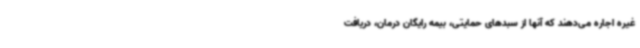
غیره اجاره می‌دهند که آنها از سبدهای حمایتی، بیمه رایگان درمان، دریافت